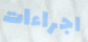
اجراءات